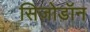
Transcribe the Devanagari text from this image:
सिज़ोडॉन